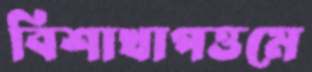
বিশাখাপত্তমে